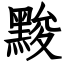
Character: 黢